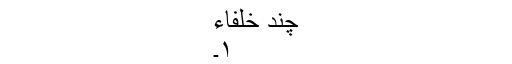
چند خلفاء
۱۔